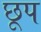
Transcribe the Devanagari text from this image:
छूप